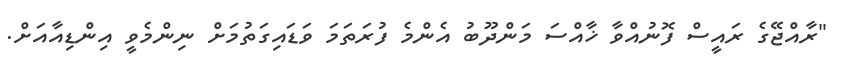
"ރާއްޖޭގެ ރައީސް ފޮނުއްވާ ޚާއްސަ މަންދޫބު އެންމެ ފުރަތަމަ ވަޑައިގަތުމަށް ނިންމެވީ އިންޑިއާއަށް.